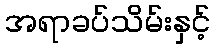
အရာခပ်သိမ်းနှင့်